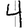
Digit: 4